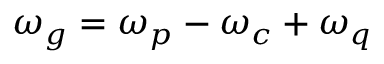
\omega _ { g } = \omega _ { p } - \omega _ { c } + \omega _ { q }